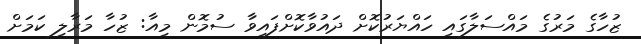
ޒުހާގެ މަރުގެ މައްސަލާގައި ހައްޔަރުކޮށް ދައުވާކޮށްފައިވަާ ސުމޮން މިއާ: ޒުހާ މަރާލި ކަމަށް